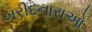
ખરીદનારાઓ